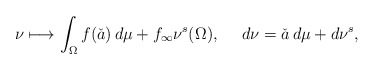
\begin{align*}\nu \longmapsto \int_{\Omega}f(\check{a})\,d\mu+f_{\infty}\nu^s(\Omega),\quad\ d\nu=\check{a}\,d\mu+d\nu^s,\end{align*}